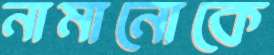
নামানোকে